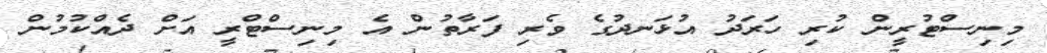
މިނިސްޓުރީން ކުރި ހަރަދު އުޅަނދުގެ ވެރި ފަރާތުން އެ މިނިސްޓްރީ އަށް ދެއްކުމުން